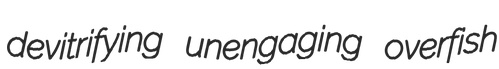
devitrifying unengaging overfish